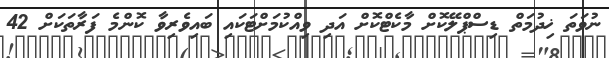
ނުވަތަ ޚިދުމަތް ޑިސްޕްލޭކޮށް މާކެޓްކޮށް އަދި ވިއްކުމަށްޓަކައި ބައިވެރިވާ ކޮންމެ ފަރާތަކަށް 42